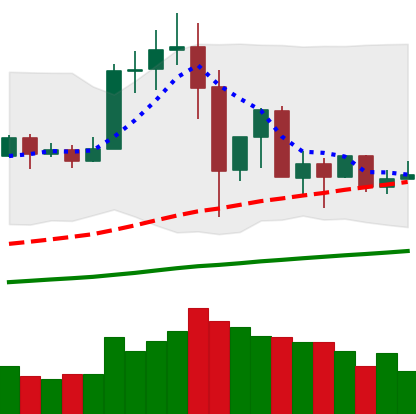
Ticker: TRX-USD
Chart end date: 2019-07-06
Forward return: -12.837%
Label: down_7plus